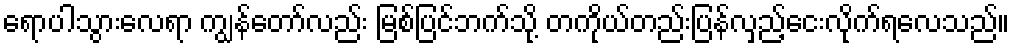
ရောပါသွားလေရာ ကျွန်တော်လည်း မြစ်ပြင်ဘက်သို့ တကိုယ်တည်းပြန်လှည့်ငေးလိုက်ရလေသည်။